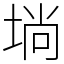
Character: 埫